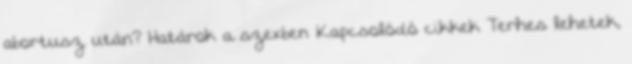
abortusz után? Határok a szexben Kapcsolódó cikkek Terhes lehetek,